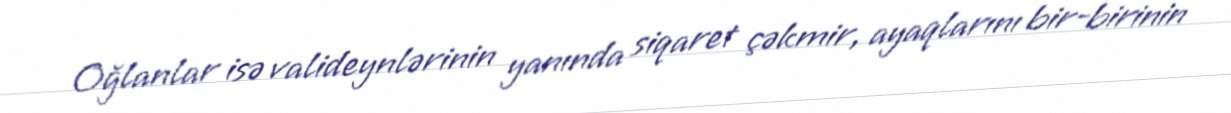
Oğlanlar isə valideynlərinin yanında siqaret çəkmir, ayaqlarını bir-birinin